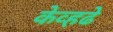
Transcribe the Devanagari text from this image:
केव्हढे